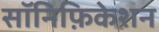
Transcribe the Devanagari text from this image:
सॉनिफ़िकेशन